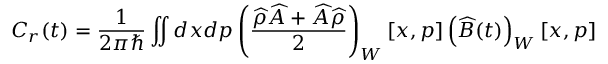
C _ { r } ( t ) = \frac { 1 } { 2 \pi \hbar } \iint d x d p \left( \frac { \widehat { \rho } \widehat { A } + \widehat { A } \widehat { \rho } } { 2 } \right) _ { W } [ x , p ] \left( \widehat { B } ( t ) \right) _ { W } [ x , p ]